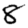
Digit: 8